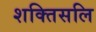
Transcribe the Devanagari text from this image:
शक्तिसलि